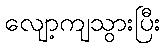
လျော့ကျသွားပြီး